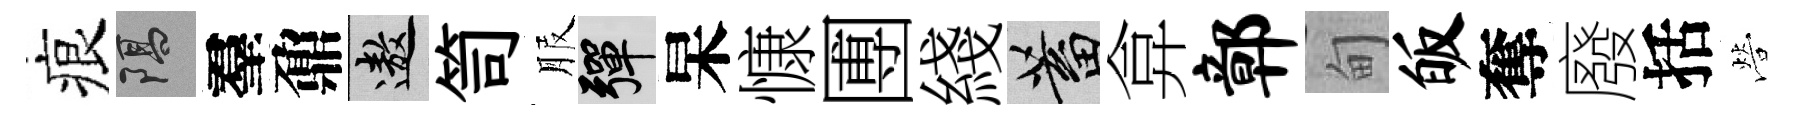
痕隔羣鼐遨笥服彈杲慷圑綫蓄弇鄣甸皈奪廢括營